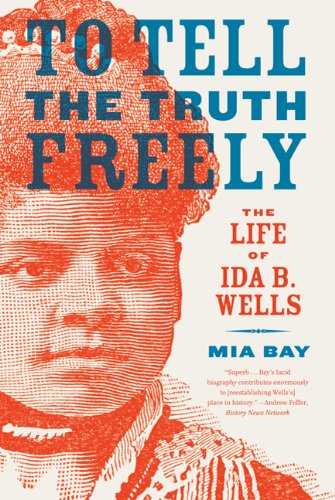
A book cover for To Tell the Truth Freely: The Life of Ida B. Wells; Mia Bay; Biographies & Memoirs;